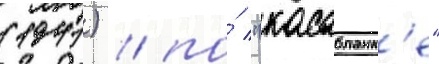
(1941) / по́ "касабланк'е"